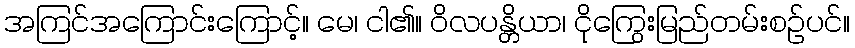
အကြင်အကြောင်းကြောင့်။ မေ၊ ငါ၏။ ဝိလပန္တိယာ၊ ငိုကြွေးမြည်တမ်းစဉ်ပင်။